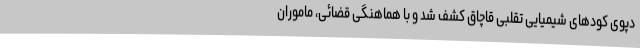
دپوی کودهای شیمیایی تقلبی قاچاق کشف شد و با هماهنگی قضائی، ماموران